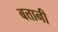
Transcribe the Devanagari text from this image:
बत्तानी